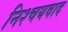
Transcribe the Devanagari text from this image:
निश्चयवाद